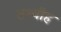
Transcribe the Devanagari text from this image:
तश्बीह